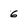
Character: 6